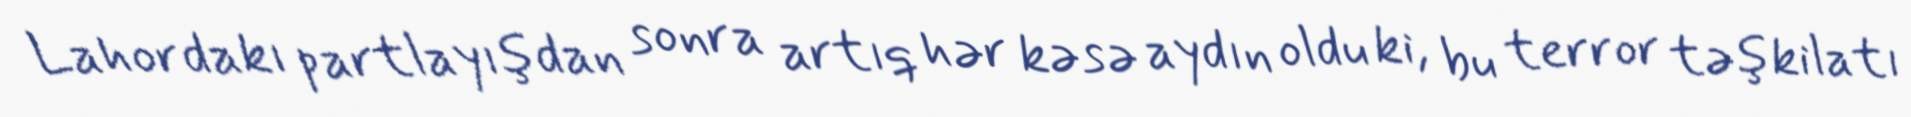
Lahordakı partlayışdan sonra artıq hər kəsə aydın oldu ki, bu terror təşkilatı